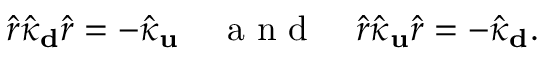
\hat { r } \hat { \kappa } _ { \bf d } \hat { r } = - \hat { \kappa } _ { \bf u } \quad \mathrm { ~ a ~ n ~ d ~ } \quad \hat { r } \hat { \kappa } _ { \bf u } \hat { r } = - \hat { \kappa } _ { \bf d } .